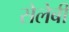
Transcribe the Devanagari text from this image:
सेलेबी